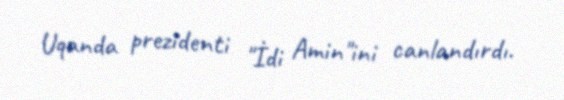
Uqanda prezidenti "İdi Amin"ini canlandırdı.